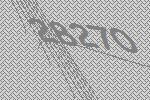
28270